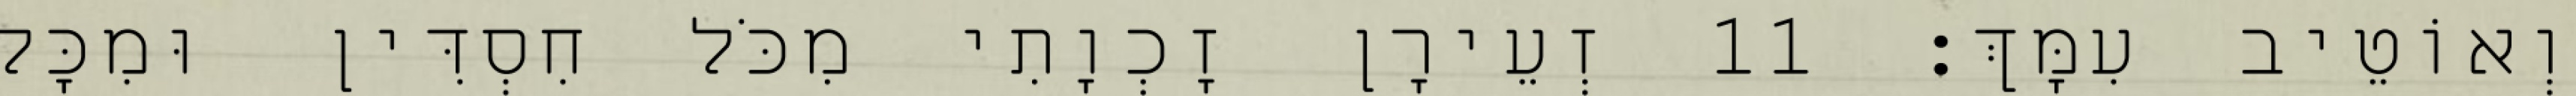
וְאוֹטֵיב עִמָּךְ׃ 11 זְעֵירָן זָכְוָתִי מִכֹּל חִסְדִּין וּמִכָּל